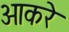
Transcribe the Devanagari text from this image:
ओकरे